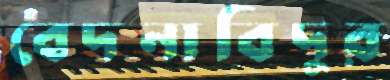
বেদনাবিদুর